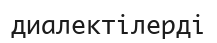
диалектілерді